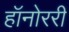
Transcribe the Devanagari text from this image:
हॉनोररी